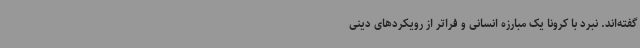
گفته‌اند. نبرد با کرونا یک مبارزه انسانی و فراتر از رویکردهای دینی